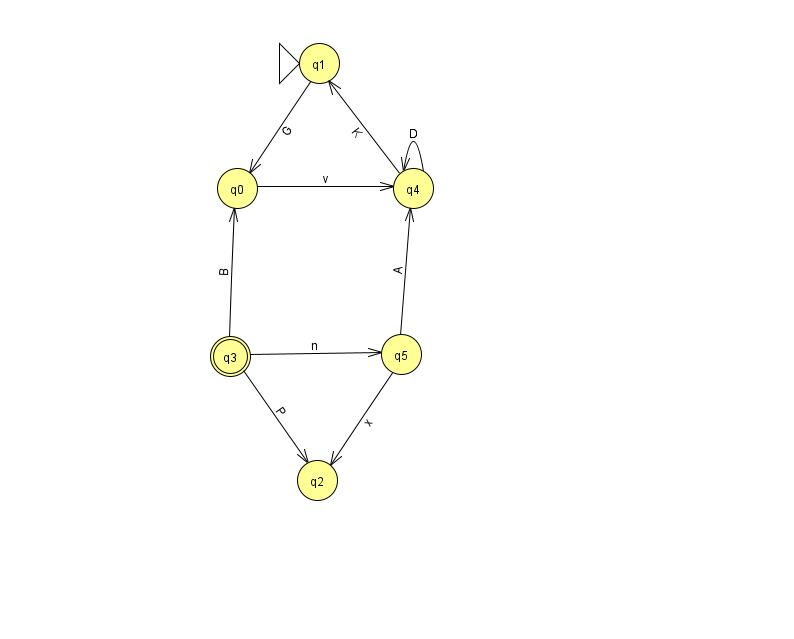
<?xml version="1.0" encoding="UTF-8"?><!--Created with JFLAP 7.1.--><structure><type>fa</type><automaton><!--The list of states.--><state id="0" name="q0"><x>237.0</x><y>175.0</y></state><state id="1" name="q1"><x>319.0</x><y>50.0</y><initial/></state><state id="2" name="q2"><x>317.0</x><y>467.0</y></state><state id="3" name="q3"><x>230.0</x><y>343.0</y><final/></state><state id="4" name="q4"><x>413.0</x><y>175.0</y></state><state id="5" name="q5"><x>401.0</x><y>341.0</y></state><!--The list of transitions.--><transition><from>3</from><to>5</to><read>n</read></transition><transition><from>0</from><to>4</to><read>v</read></transition><transition><from>1</from><to>0</to><read>G</read></transition><transition><from>3</from><to>2</to><read>P</read></transition><transition><from>3</from><to>0</to><read>B</read></transition><transition><from>4</from><to>4</to><read>D</read></transition><transition><from>5</from><to>2</to><read>x</read></transition><transition><from>4</from><to>1</to><read>K</read></transition><transition><from>5</from><to>4</to><read>A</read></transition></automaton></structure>